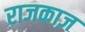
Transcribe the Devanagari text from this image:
राजकाज़